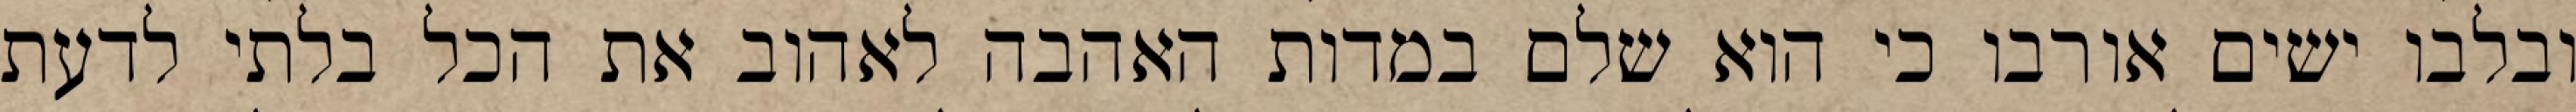
ובלבו ישים אורבו כי הוא שלם במדות האהבה לאהוב את הכל בלתי לדעת